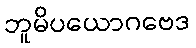
ဘူမိပယောဂဗေဒ